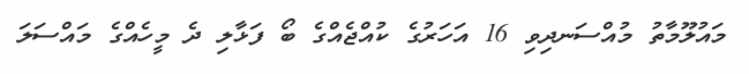
މައުލޫމާތު މުއްސަނދިވި 16 އަހަރުގެ ކުއްޖެއްގެ ބޯ ފަޅާލި ދެ މީހެއްގެ މައްސަލަ